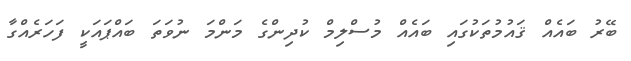
ބޭރު ބައެއް ޤައުމުތަކުގައި ބައެއް މުސްލިމް ކުދިންގެ މަންމަ ނުވަތަ ބައްޕައަކީ ފަހަރެއްގާ